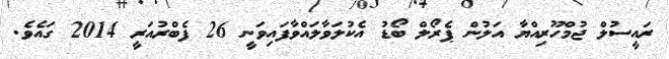
ރައީސުލް ޖުމްހޫރިއްޔާ އަލުން ޕެރޯލް ބޯޑު އެކުލަވާލައްވާފައިވަނީ 26 ފެބްރުއަރީ 2014 ގައެވެ.